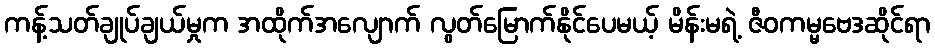
ကန့်သတ်ချုပ်ချယ်မှုက အထိုက်အလျောက် လွတ်မြောက်နိုင်ပေမယ့် မိန်းမရဲ့ ဇီဝကမ္မဗေဒဆိုင်ရာ